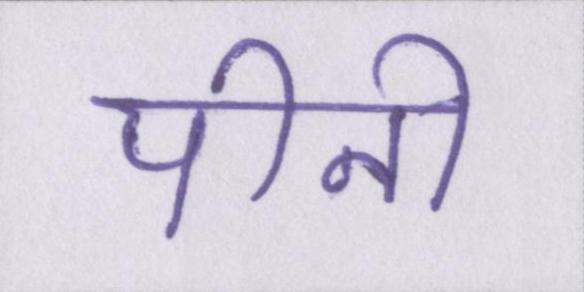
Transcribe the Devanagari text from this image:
पीनी